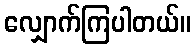
လျှောက်ကြပါတယ်။